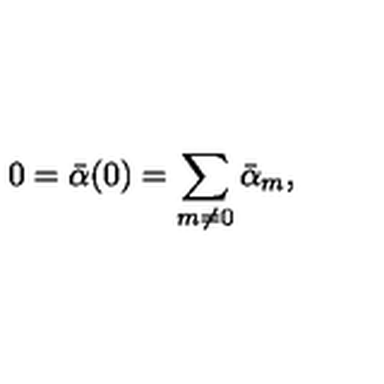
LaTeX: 0 = { \bar { \alpha } } ( 0 ) = \sum _ { m \neq 0 } { \bar { \alpha } } _ { m } ,